Sketch of the medical history of the native army of Bombay, for the year
Year: 1876
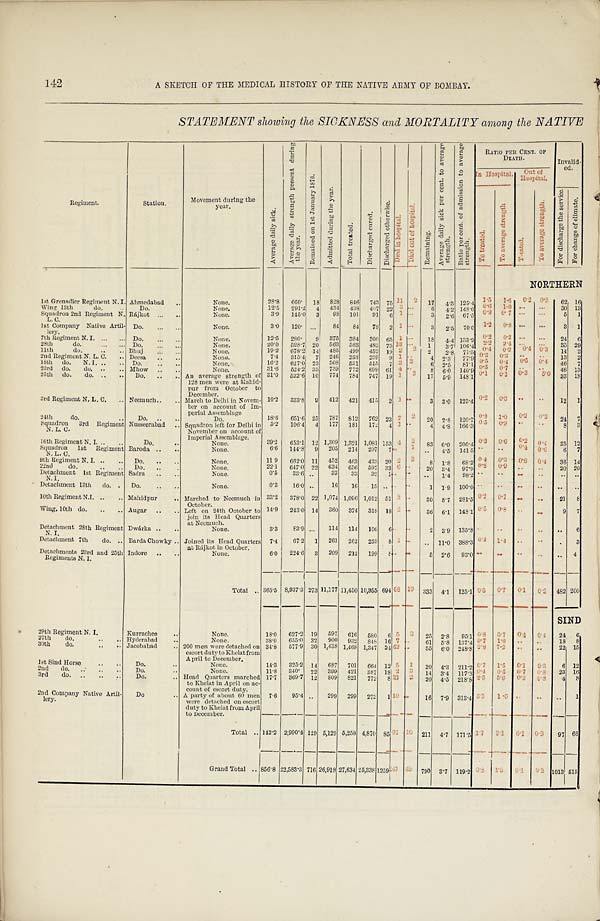
142
A SKETCH OF THE MEDICAL HISTORY OF THE NATIVE ARMY OF BOMBAY.
STATEMENT showing the SICKNESS and MORTALITY among the NATIVE
Regiment.
Station.
Movement during the
year.
A v e r a g e d a i l y s i c k .
A v e r a g e d a i l y s t r e n g t h p r e s e n t d u r i n g t h e y e a r .
R e m a i n e d o n 1 s t J a n u a r y 1 8 7 6 .
A d m i t t e d d u r i n g t h e y e a r .
T o t a l t r e a t e d .
D i s c h a r g e d c u r e d .
D i s c h a r g e d o t h e r w i s e .
D i e d i n h o s p i t a l .
D i e d o u t o f h o s p i t a l .
R e m a i n i n g .
A v e r a g e d a i l y s i c k p e r c e n t . t o a v e r a g e s t r e n g t h . R a t i o p e r c e n t . o f a d m i s s i o n t o a v e r a g e s t r e n g t h .
RATIO PER CEN . O F D E A T H .
Invalid- ed.
In Hospital. out of
Hospital.
T o t r e a t e d .
T o a v e r a g e s t r e n g t h
Tr e a t e d.
T o a v e r a g e s t r e n g t h .
F o r d i s c h a r g e t h e s e r v i c e .
F o r c h a n g e o f c l i m a t e .
NORTHERN
1st Grenadier Regiment N. I. Ahmedabad
None.
28.8 660. 18 828 846 743 75 1 1 2
1 7 4 . 3
1 2 5 . 4 1 . 5
1 . 6 0.2 0 . 3 62 16
Wing 13th
do. . . Do.
None.
12.5 291.2 4 434 438 407 22 3 . . . 6
4.2
148.0 0 . 9
0 . 7 . . .
. . .
5 1
Squadron 2nd Regiment N.
L. C.
Rájkot ... ..
None.
3.9 145.0 3 98 101 91 6 1 . . . 3 2 . 6
6 7 . 5 0 . 9
0 . 7
. . .
. . . 5 1
1st Company Native Artil-
l e r y .
Do. ...
None.
3.0 120. ... 84 84 78 2 1 . . . 3 2.5 70.0
1 . 2
0 . 8
. . .
. . . 3 1
7th Regiment N. I.
Do.
None.
12.5 280. 9 375 384 300 65 1 . . . 18 4.4 133.9 0 . 2 0.3 . . .
. . . 24 6
28th
do.
D o .
None.
20.0 528.7 20 563 583 482 75 13 . . . 1 3.7 106.4
2 . 2 2.4 . . . ... 35 2 9
11th do. .. .. Bhuj
None.
19.2 678.2 14 485 499 452 19 2 2 2 2.8 71.5 0 . 4
0 . 2 0 . 4 0 . 3 14 2
2nd Regiment N. L. C. .. Deesa .. ..
None.
7.4
3 1 5 . 4 7 246 253 239 9 1 . . 4 2.3
7 7 . 9 0 . 3
0 . 3
. . . . 13 2
18th do. N. I. .. .. Do. .. ..
None.
16.2 627.0 23 508 531 515 7 3 3 6 2.5 81.1 0 . 5 0 . 7
. .
. . 46 7
23rd do. do. .. ..
Mhow .. ..
None.
31.6 524.2 33 739 772 699 61 4 . . 8 6.0 140.9 0 . 5
0 . 7 . .
. . 46 13
25th do. do. .. .. Do. .. .. An average strength of
128 men were at Mahid-
pur from October to December.
31.0 522.6 10 774 784 747 19 1 3
17 5.9 148.1
0 . 1
0 . 1
0 . 3
5 . 0
33 18
3rd Regiment N. L. C. .. Neemuch.. .. March to Delhi in Novem-
her on account of Im-
perial Assemblage
10.2 333.8 9 412 421 415 2 1 . . 3 3.0 123. 4 0.2 0.3
. .
. . 12 1
24th do.
.. Do. .. ..
Do.
18.6 651.6 25 787 812 762 23 7 2 20 2.8 120.7 0.8
1 . 0
0 . 2
0 . 3 24 7
Squadron 3rd Regiment
N. L. C.
Nusseerabad .. Squadron left for Delhi in
November on account of
Imperial Assemblage.
5.2 106.4 4 177 181 172 4 1 . . 4 4.8 166.3
0 . 5
0 . 9 . .
. . 8 3
16th Regiment N. I. .. ..
Do.
None.
39.2 653.1 12 1,309 1,321 1,081 153 4 3
8 3 6 . 0
2 0 0 . 4 0 . 3
0 . 6
0 . 2
0 . 4 3 5 1 2
Squadron 1st Regiment
N. L. C.
Baroda .. ..
None.
6.6 144.8 9 205 214 207 7 . . 1 . . 4 . 5
1 4 1 . 5 . . . .
0 . 4
0 . 6 6 7
9th Regiment N. I. .. .. Do.
None.
11.9 662.0 11 452 463 433 20 2 3 8 1 . 8
6 8 . 2 0 . 4
0 . 3
0 . 6
0 . 4 3 6 1 4
22nd do.
Do.
None.
22.1 647.0 22 634 656 597 33 6 . . 2 0 3 . 4
9 7 . 9
0 . 8
0 . 9 . .
. . 2 0 2 0
Detachment 1st Regiment.
N . I .
Sidra .. ..
None.
0.5 33.6 ..
33 33 32 1 . . . . . . 1.4 98.2 . .
. .
. .
. . . . . .
Detachment 13th do. . Do. .. ..
None.
0.3 16.0 ..
16 16 15 ..
. . . . 1 1.9 100.0 . .
. .
. . . . . . . .
10th Regiment N.I. .. .. Mahidpur .. Marched to Neemuch in
October.
33.2 378.0 22 1,074 1,096 1,012 51 3 . . 30 8.7 281.5
0 . 2 0 . 7
. . . . 21 8
Wing, 10th do. .. .. Augar .. .. Left on 24th October to
join its Head Quarters
at Neemuch.
14.9 243.0 14 360 374 318 18 2 . . 36 6.1 148.1
0 . 5
0 . 8
. .
. . 9 7
Detachment 28th Regiment
N. I.
Dwárka .. ..
None.
3.3 83.9 ... 114 114 106 6 . . . . 2 3.9 135.8 . .
. .
. .
. . . . 6
Detachment ment 7th do. .. Barda Chowky .. Joined its Head Quarters
at Rájkot in October.
7.4 67.2 1 261 262 253 8 1 . . .. 11.0 388.3 0 . 4
1 . 4
. .
. . . . 3
Detachments 23rd and 25th
Regiments N. I.
Indore .. ..
None.
6.0 224.6 3 209 212 199 8 . . . .
5 2.6 93.0 . . . .
. .
. . . . 4
Total .. 365.5 8,937.3 273 11,177 11,450 10,855 694 6 8 1 9 333 4.1 125.1 0 . 5
0 . 7 0.1
0 . 2 482 200
SIND
29th Regiment N. I.
Kurrachee ..
None.
18.0 627.2 19 597 616 580 6 5 3 25 2.8 95.1 0 . 8 0.7 0.4 0. 4 24 6
27th do.
. .
Hyderabad
None.
38.0 655.0 32 900 932 848 16 7 . . 61 5.8 137.4 0.7 1.0 . . . .
1 8 8
30th do.
.. . . Jacobabad .. 200 men were detached on
escort duty to Khelat from
April to December.
34.8 577.9 30 1,438 1,468 1,347 24 4 2 . . 55 6.0
2 4 8 . 8 2 . 8 7.2 . .
. . 222 15
1st Sind Horse .. .. Do.
..
None.
14.3 325.2 14 687 701 664 12 5
1 20 4.3 211.2 0.7 1.5
0 . 1
0 . 3 6 12
2nd do.
Do. . .
None.
11.8
3 4 0 . 22 399 421 387 18 2
3 14 3.4 117.3 0 . 4
0 . 5 0 . 7
0 . 8 23 1 6
3rd do. .. ..
Do.
.. Head Quarters marched
to Khelat in April on ac-
count of escort duty.
17.7 369.7 12 809 821 772 8 2 1
3 20 4.5 218.8 2 . 5
5 . 6 0.3
0 . 8 4 8
2nd Company Native Artil-
lery.
Do
.. A party of about 60 men
were detached on escort
duty to Khelat from April
to December.
7.6 95.4 . . 299 299 272 1 1 0
. .
16 7.9 313.4
3 . 3
1 . 0 . .
. .
. . 1
Total .. 142.2 2,990.4 129 5,129 5,258 4,870 85 9 2
1 0 211 4.7 171.5 1 . 7
3 . 1
0 . 1
0 . 3 97 66
Grand Total ..
8 5 6 . 8
22,583.3 716 26,918 27,634 25,338 1259 2 4 7
4 8 790 3.7 119.2
0 . 8
1 . 0
0 . 1
0 . 2
1 . 1 3
515